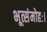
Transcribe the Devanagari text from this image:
भूत्संमोहः।